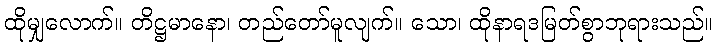
ထိုမျှလောက်။ တိဋ္ဌမာနော၊ တည်တော်မူလျက်။ သော၊ ထိုနာရဒမြတ်စွာဘုရားသည်။